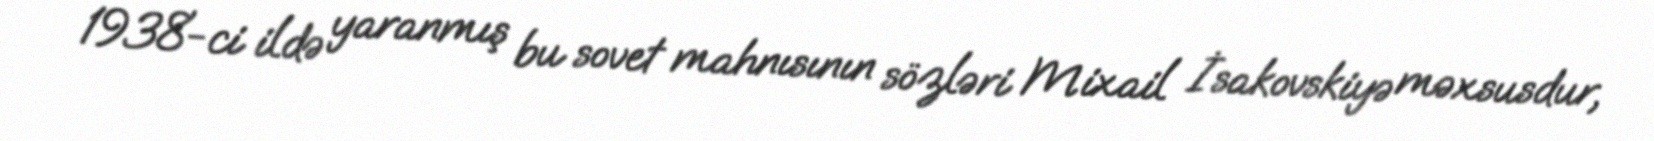
1938-ci ildə yaranmış bu sovet mahnısının sözləri Mixail İsakovskiyə məxsusdur,